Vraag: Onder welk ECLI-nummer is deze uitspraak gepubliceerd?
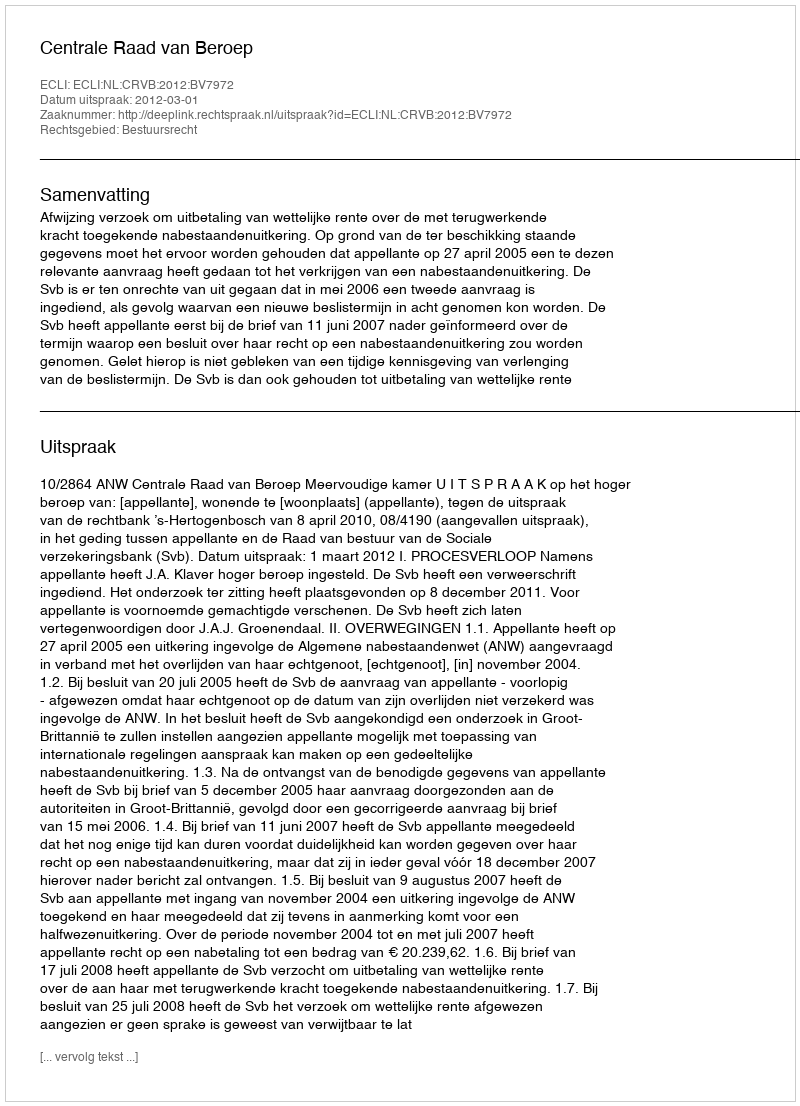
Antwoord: ECLI:NL:CRVB:2012:BV7972